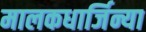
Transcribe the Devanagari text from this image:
मालकधार्जिन्या